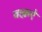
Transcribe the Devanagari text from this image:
वाक़ऐ